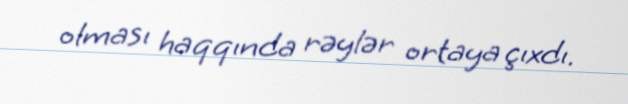
olması haqqında rəylər ortaya çıxdı.